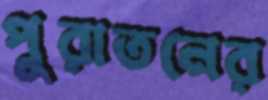
পুরাতনের